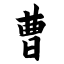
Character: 曹